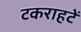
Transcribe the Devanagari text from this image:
टकराहटें